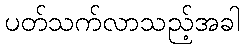
ပတ်သက်လာသည့်အခါ